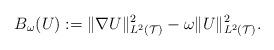
LaTeX: \begin{align*}B_{\omega}(U) := \| \nabla U \|_{L^2(\mathcal{T})}^2 - \omega \| U \|^2_{L^2(\mathcal{T})}.\end{align*}